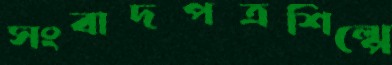
সংবাদপত্রশিল্পে